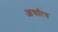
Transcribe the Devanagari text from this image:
आधारित्त